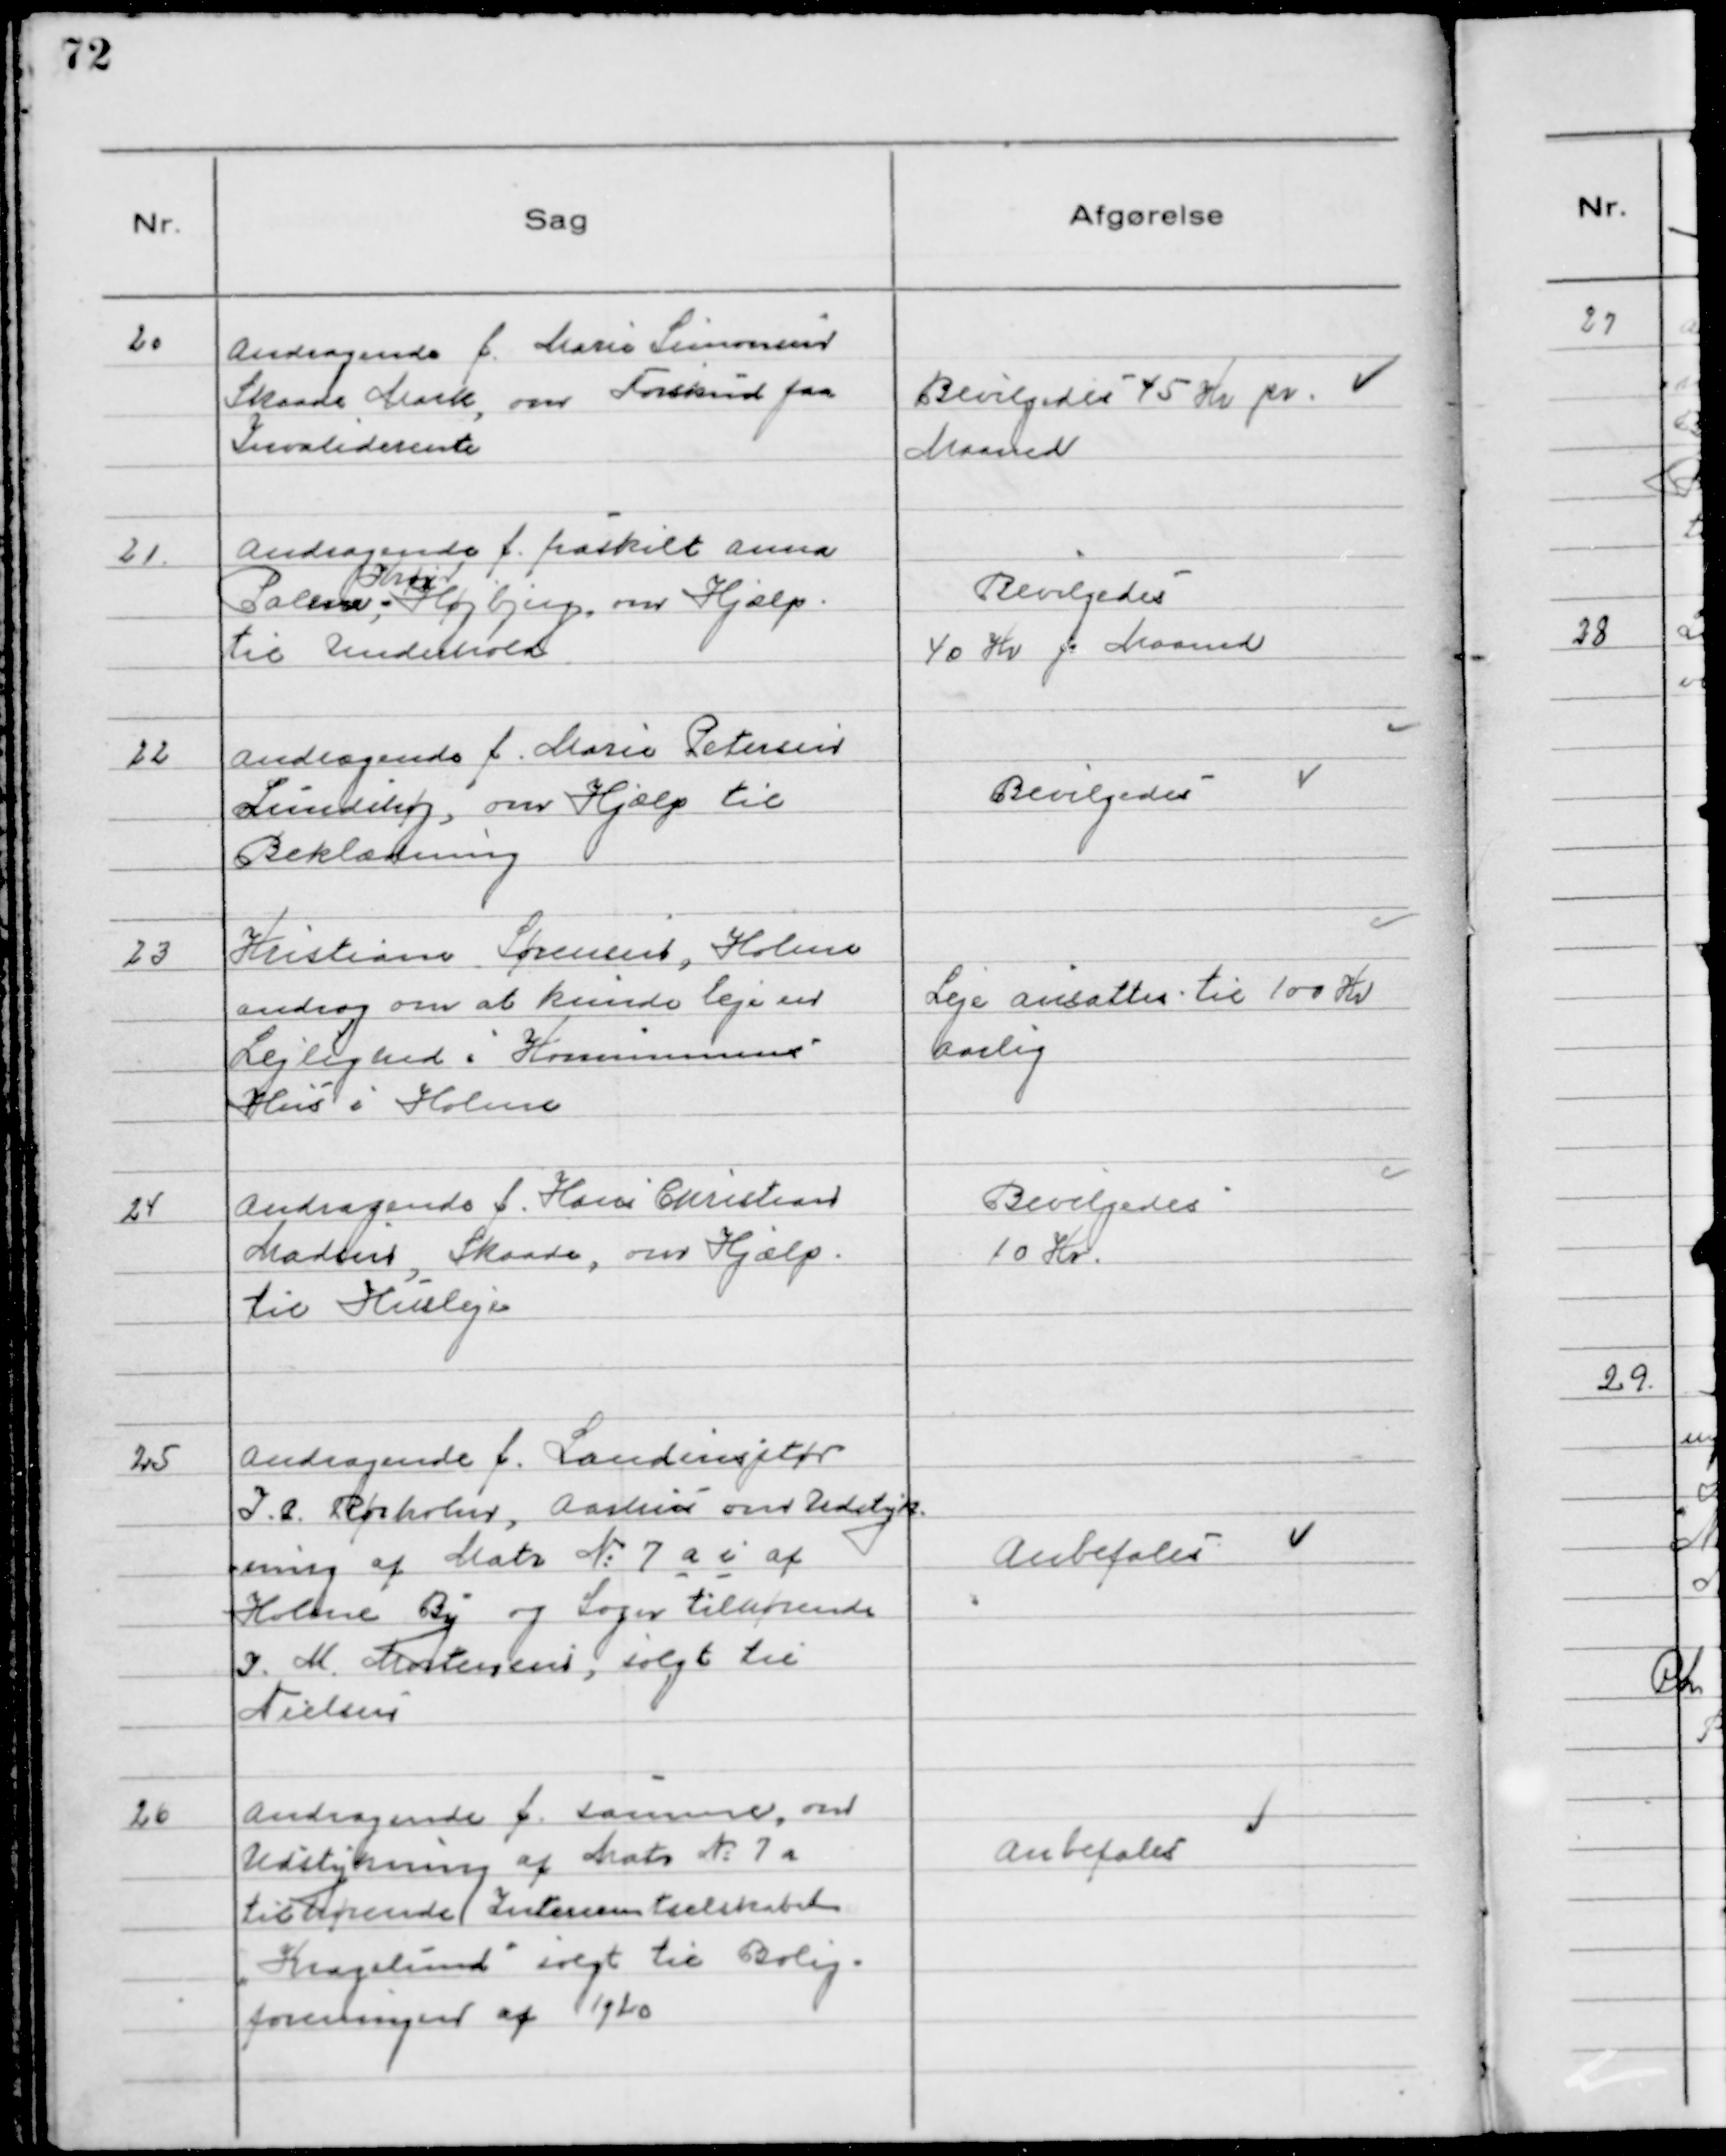
Transskription:
20 Andragende f. Marie Simonsen
Skaade Mark, om Forskud paa
Invaliderente

Bevilgedes 45 Kr pr.
Maaned

21 Andragende f. fraskilt Anna
Palene,
Krøyer
Højbjerg, om Hjælp
til Underhold

Bevilgedes
40 Kr p maaned

22 Andragende f. Marie Petersen
Lundshøj, om hjælp til
Beklædning

Bevilgedes

23 Kristian Sørensen, Holme
androg om at kunde leje en
Lejlighed i Kommunens
Hus i Holme

Leje ansattes til 100 Kr
Aarlig

24 Andragende f. Hans Christian
Madsen, Skaade, om Hjælp
til Husleje

Bevilgedes
10 Kr.

25 Andragende f. Landinsptør
J,P, Rørholm, Aarhus om Udstyk
ning af Matr №7 a i af
Holme By og Sogn tilhørende
J.M. Mortensen, solgt til
Nielsen

Anbefales

26 Andragende f. samme, om
Udstykning af Matr №7 a
tilhørende Interesentselskabet
"Kragelund" solgt til Bolig-
foreningen af 1920

Anbefales